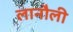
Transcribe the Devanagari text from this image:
लानौली